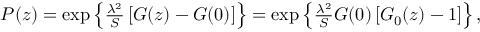
\begin{array} { r } { P ( z ) = \exp \left\lbrace \frac { \lambda ^ { 2 } } { S } \left[ G ( z ) - G ( 0 ) \right] \right\rbrace = \exp \left\lbrace \frac { \lambda ^ { 2 } } { S } G ( 0 ) \left[ G _ { 0 } ( z ) - 1 \right] \right\rbrace , } \end{array}